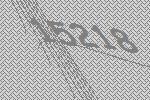
15218